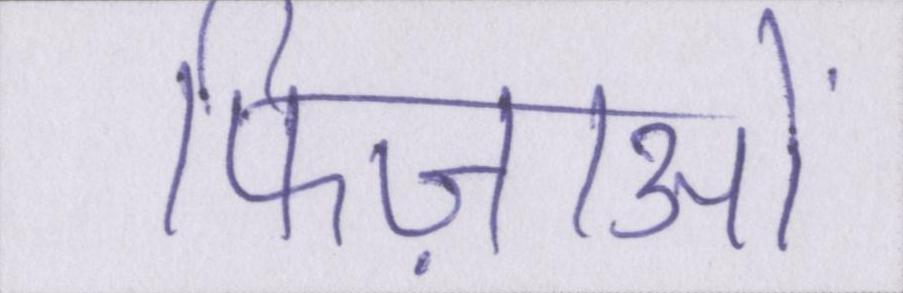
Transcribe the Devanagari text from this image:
फिज़ाओं